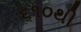
૬૧૦થી